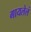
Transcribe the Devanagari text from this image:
गायलेलं